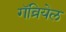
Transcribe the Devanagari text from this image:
गॅव्रियेल